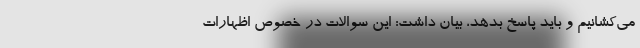
می‌کشانیم و باید پاسخ بدهد، بیان داشت: این سوالات در خصوص اظهارات